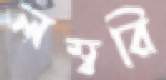
লম্বরি